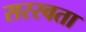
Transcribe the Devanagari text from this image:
सरस्वता